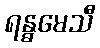
ရန္ဓမေသီ